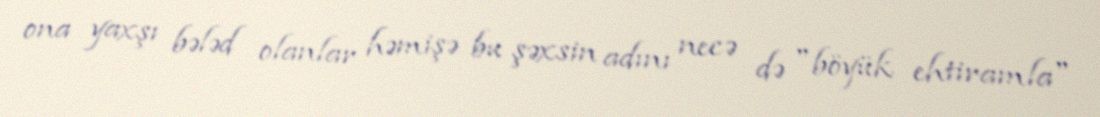
ona yaxşı bələd olanlar həmişə bu şəxsin adını necə də "böyük ehtiramla"